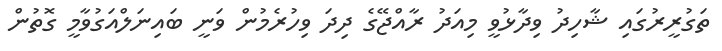
ތަގުރީރުގައި ޝާހިދު ވިދާޅުވީ މިއަދު ރާއްޖޭގެ ދިދަ ވިހުރެމުން ވަނީ ބައިނަލްއަގުވާމީ ގޮތުން